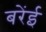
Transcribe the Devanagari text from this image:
बरेंई